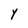
Character: Y